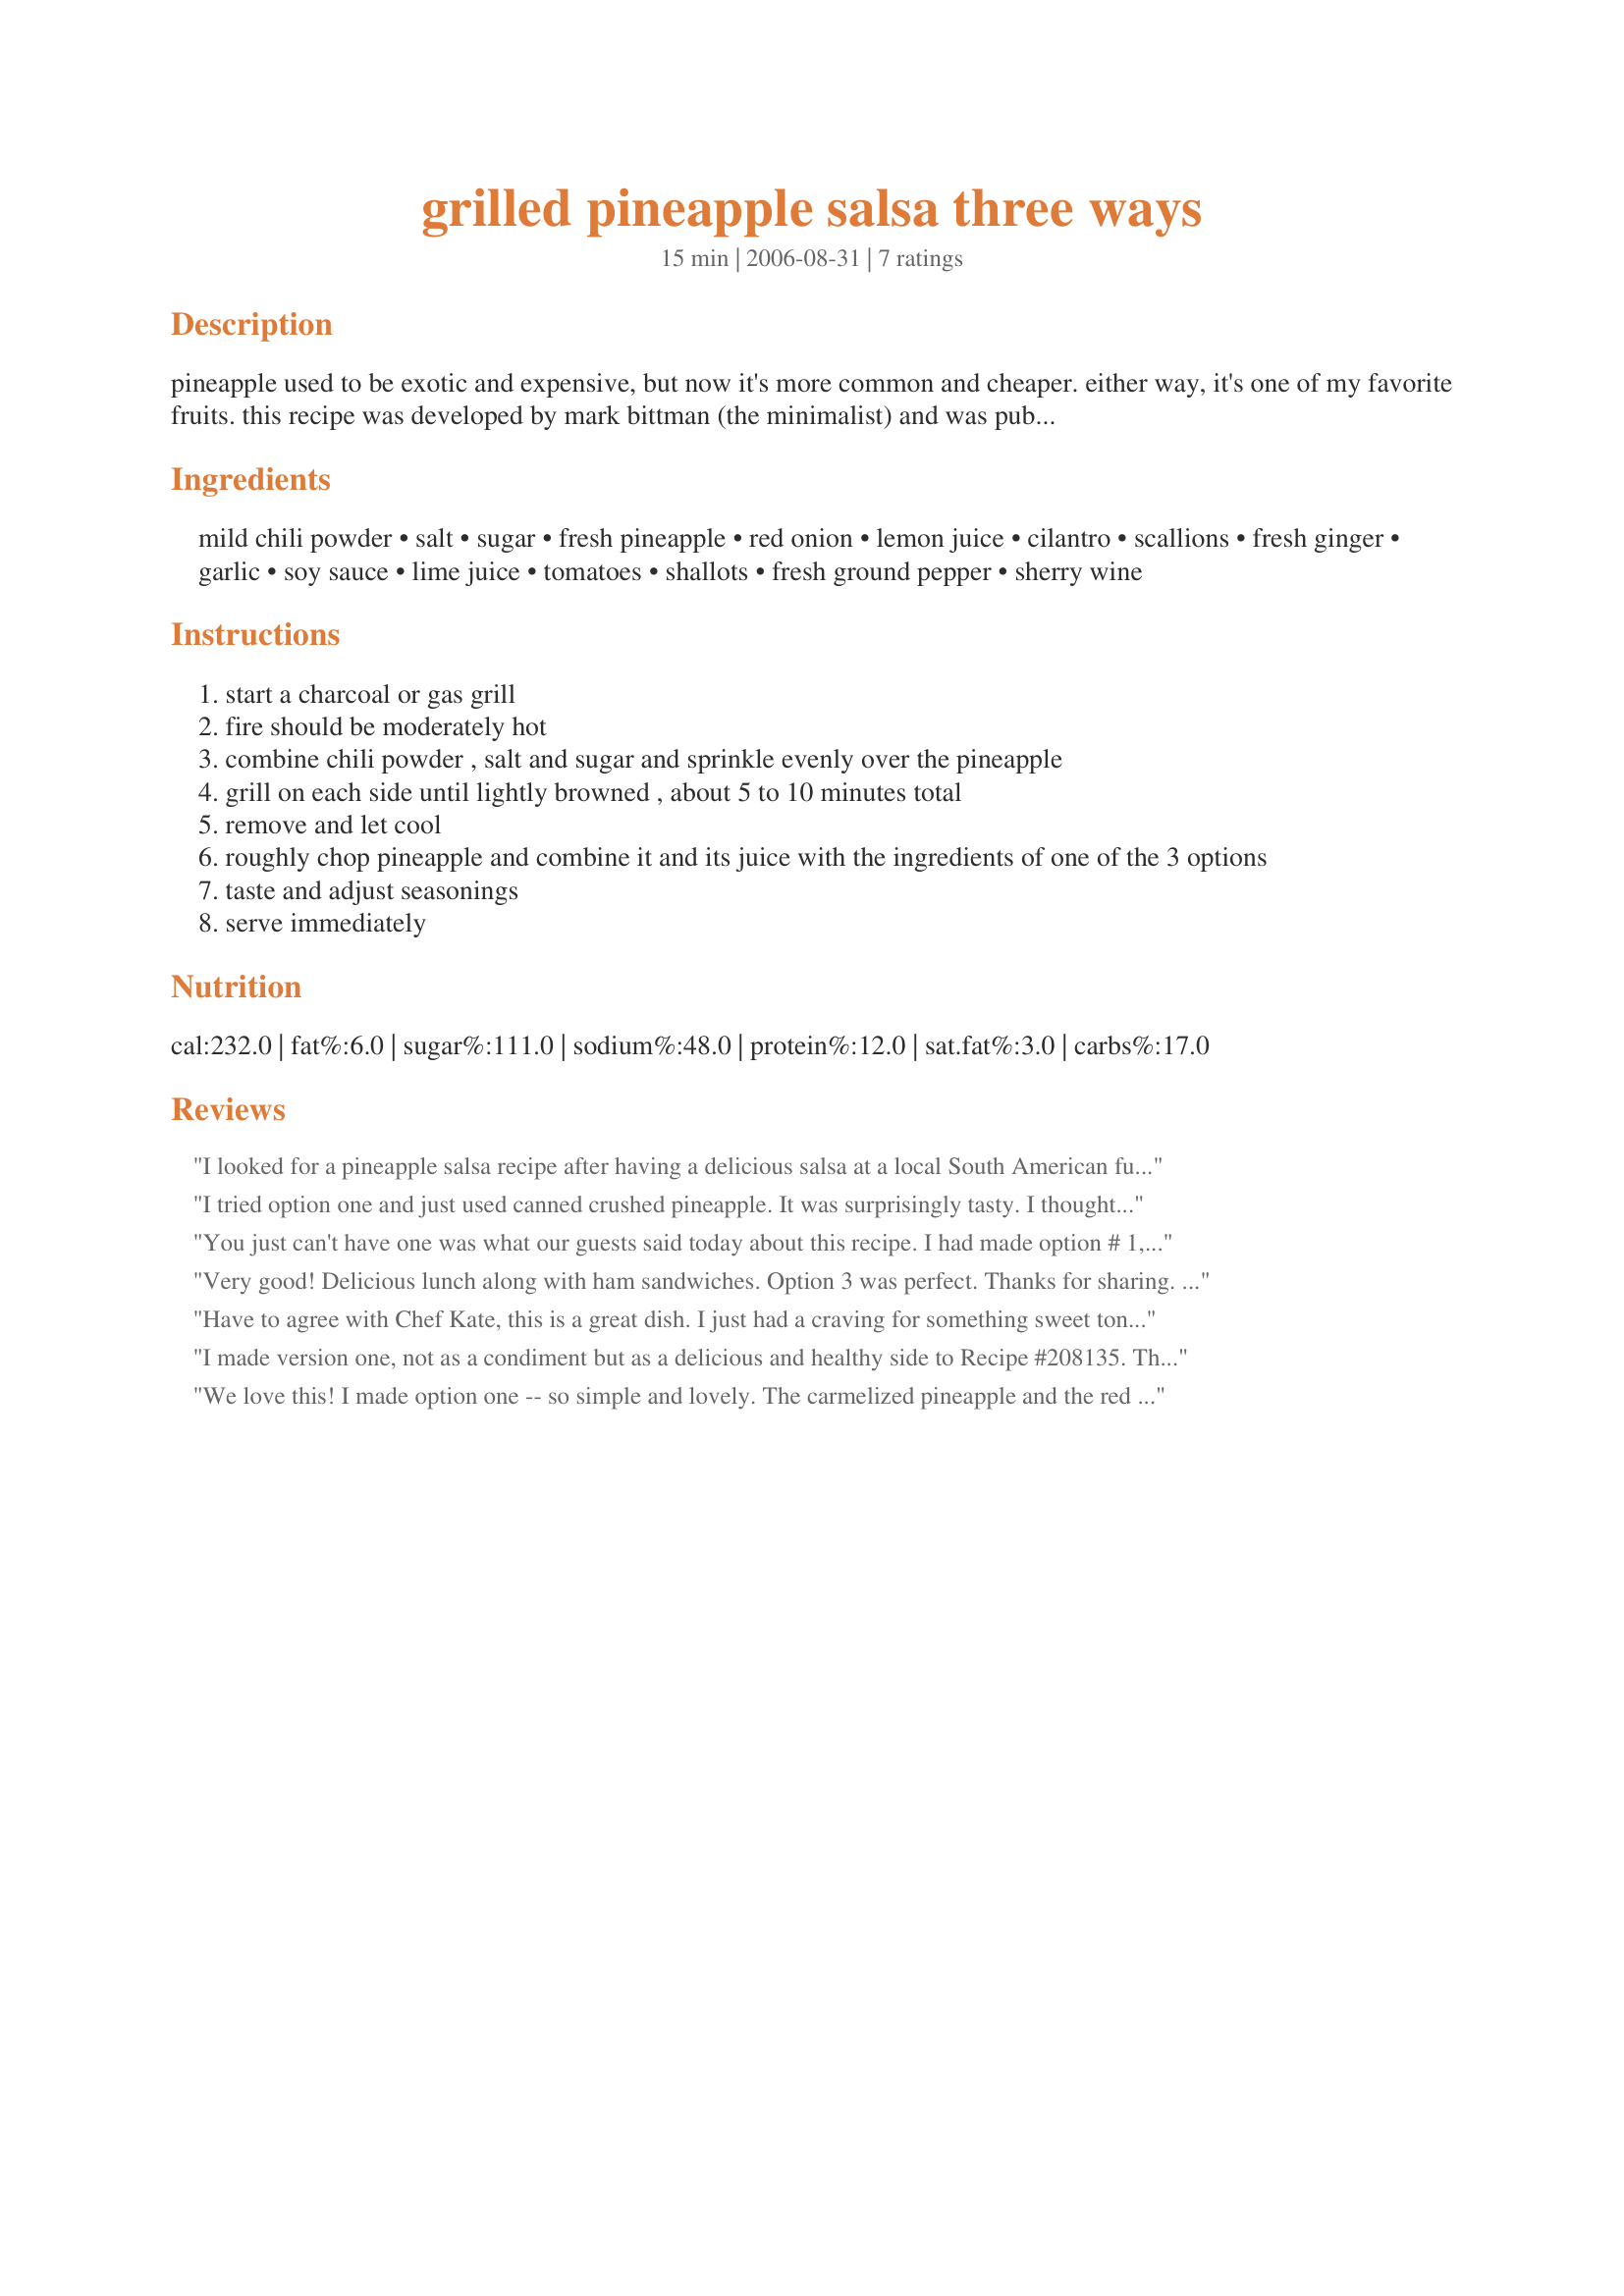
grilled pineapple salsa three ways
Preparation time: 15 minutes

pineapple used to be exotic and expensive, but now it's more common and cheaper. either way, it's one of my favorite fruits. this recipe was developed by mark bittman (the minimalist) and was published in the new york times.

Ingredients:
mild chili powder, salt, sugar, fresh pineapple, red onion, lemon juice, cilantro, scallions, fresh ginger, garlic, soy sauce, lime juice, tomatoes, shallots, fresh ground pepper, sherry wine

Steps:
start a charcoal or gas grill
fire should be moderately hot
combine chili powder , salt and sugar and sprinkle evenly over the pineapple
grill on each side until lightly browned , about 5 to 10 minutes total
remove and let cool
roughly chop pineapple and combine it and its juice with the ingredients of one of the 3 options
taste and adjust seasonings
serve immediately

Reviews:
I looked for a pineapple salsa recipe after having a delicious salsa at a local South American fusion cafe. By mixing and matching between Option 2 and Option 3, I was able to get very close. My family preferred it when I prepared it with raw fresh pineapple instead of grilled because it maintained a firmer texture and less carmely sweetness.
I tried option one and just used canned crushed pineapple. It was surprisingly tasty. I thought it had good flavor (not WOW, but good). I think it's nice for those who prefer sweet over spicy...
You just can't have one was what our guests said today about this recipe. I had made option # 1, which went over like a bang. When I had to go out for an errand they had decided to make also #3 to see how good that one was and all I can say is there was none for me to try. Fantastic recipe! 10 Stars!
Very good! Delicious lunch along with ham sandwiches. Option 3 was perfect. Thanks for sharing. Made for ZWT4 the Flying Dutchess'.
Have to agree with Chef Kate, this is a great dish. I just had a craving for something sweet tonight. But since I am trying to be good too I opted for this dish rather than chocolate. Surprising enough, it hit the spot and I am no longer in danger of finishing off the Easter candy. I made option 1, which was great served with recipe #10467 and recipe #224793. Hubby and I decided it was the perfect low fat meal. We felt like we should be eating dinner on a white sand beach.
I made version one, not as a condiment but as a delicious and healthy side to Recipe #208135. The pineapple was glorious -- sweet, tender and juicy. The red onions and cilantro were the perfect contrast and made this zing. I want to try this with fresh chiles some time soon. Thanks!
We love this! I made option one -- so simple and lovely. The carmelized pineapple and the red onions are just a perfect combo. And speaking of combos, I used mint and cilantro. This is pretty, aromatic and absolutely delicious. I'm looking forward to trying the other options in the near future.
